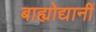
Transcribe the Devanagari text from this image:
बाह्योद्यानीं